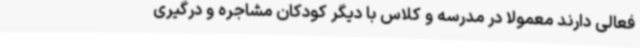
فعالی دارند معمولاً در مدرسه و کلاس با دیگر کودکان مشاجره و درگیری